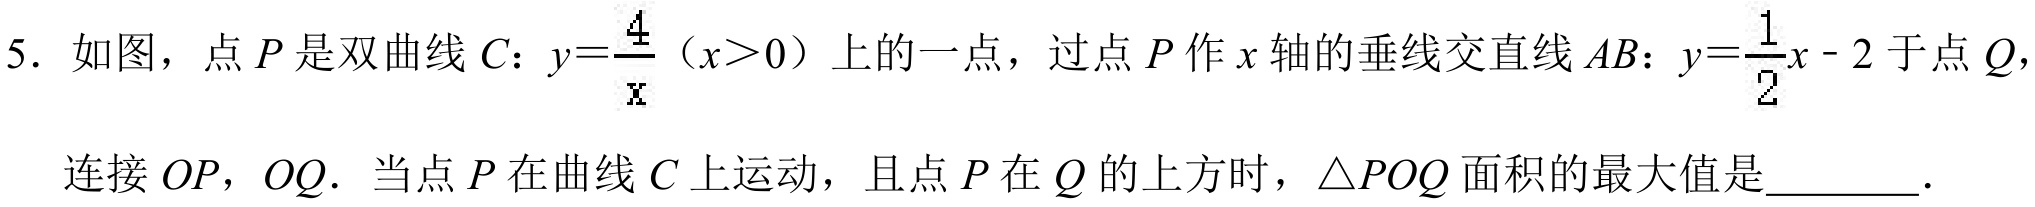
5. 如图，点\(P\)是双曲线\(C\)：\(y = \dfrac{4}{x}(x>0)\)上的一点，过点\(P\)作\(x\)轴的垂线交直线\(AB\)：\(y=\dfrac{1}{2}x - 2\)于点\(Q\)，
连接\(OP\)，\(OQ\). 当点\(P\)在曲线\(C\)上运动，且点\(P\)在\(Q\)的上方时，\(\triangle POQ\)面积的最大值是  .